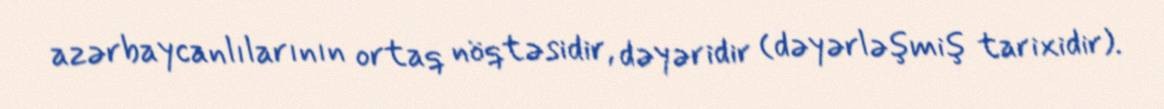
azərbaycanlılarının ortaq nöqtəsidir, dəyəridir (dəyərləşmiş tarixidir).